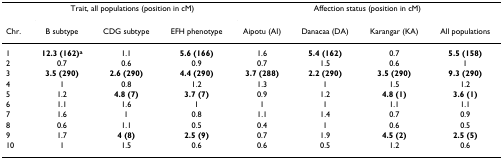
<table><thead><tr><td></td><td colspan="3"><b>Trait, all populations (position in cM)</b></td><td colspan="4"><b>Affection status (position in cM)</b></td></tr><tr><td><b>Chr.</b></td><td><b>B subtype</b></td><td><b>CDG subtype</b></td><td><b>EFH phenotype</b></td><td><b>Aipotu (AI)</b></td><td><b>Danacaa (DA)</b></td><td><b>Karangar (KA)</b></td><td><b>All populations</b></td></tr></thead><tbody><tr><td>1</td><td><b>12.3 (162)</b><sup><b>a</b></sup></td><td>1.1</td><td><b>5.6 (166)</b></td><td>1.6</td><td><b>5.4 (162)</b></td><td>0.7</td><td><b>5.5 (158)</b></td></tr><tr><td>2</td><td>0.7</td><td>0.6</td><td>0.9</td><td>0.7</td><td>1.5</td><td>0.6</td><td>1</td></tr><tr><td>3</td><td><b>3.5 (290)</b></td><td><b>2.6 (290)</b></td><td><b>4.4 (290)</b></td><td><b>3.7 (288)</b></td><td><b>2.2 (290)</b></td><td><b>3.5 (290)</b></td><td><b>9.3 (290)</b></td></tr><tr><td>4</td><td>1</td><td>0.8</td><td>1.2</td><td>1.3</td><td>1</td><td>1.5</td><td>1.2</td></tr><tr><td>5</td><td>1.2</td><td><b>4.8 (7)</b></td><td><b>3.7 (7)</b></td><td>0.9</td><td>1.2</td><td><b>4.8 (1)</b></td><td><b>3.6 (1)</b></td></tr><tr><td>6</td><td>1.1</td><td>1.6</td><td>1</td><td>1</td><td>1</td><td>1.1</td><td>1.1</td></tr><tr><td>7</td><td>1.6</td><td>1</td><td>0.8</td><td>1.1</td><td>1.4</td><td>0.7</td><td>0.9</td></tr><tr><td>8</td><td>0.6</td><td>1.1</td><td>0.5</td><td>0.4</td><td>1</td><td>0.6</td><td>0.5</td></tr><tr><td>9</td><td>1.7</td><td><b>4 (8)</b></td><td><b>2.5 (9)</b></td><td>0.7</td><td>1.9</td><td><b>4.5 (2)</b></td><td><b>2.5 (5)</b></td></tr><tr><td>10</td><td>1</td><td>1.5</td><td>0.6</td><td>0.6</td><td>0.5</td><td>1.2</td><td>0.6</td></tr></tbody></table>